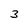
Character: 3